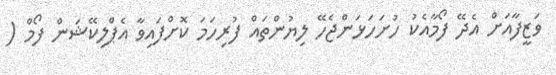
ވަޒީފާއަށް އެދޭ ފޯމާއެކު ހުށަހަޅަންޖެހޭ ލިޔުންތައް ފުރިހަމަ ކޮށްފައިވާ އެޕްލިކޭޝަން ފޯމް (